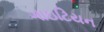
ગાઇટિયન